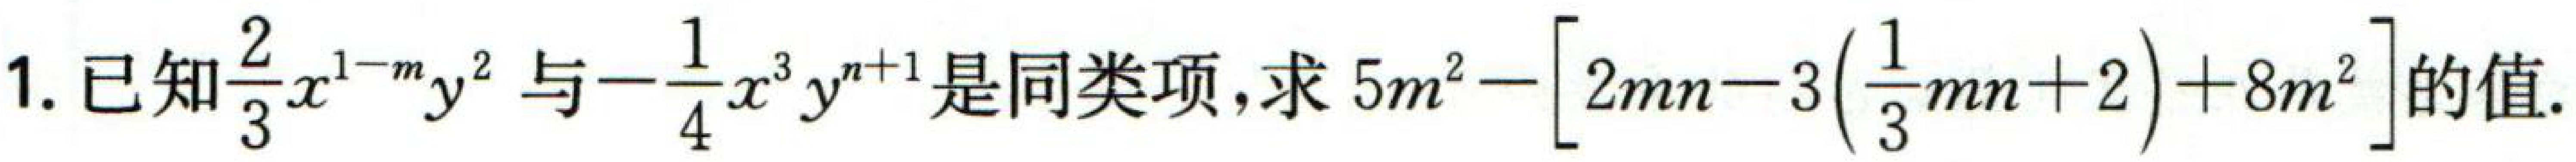
1. 已知\(\frac{2}{3}x^{1 - m}y^{2}\)与\(-\frac{1}{4}x^{3}y^{n + 1}\)是同类项，求\(5m^{2}-\left[2mn - 3\left(\frac{1}{3}mn + 2\right)+8m^{2}\right]\)的值.